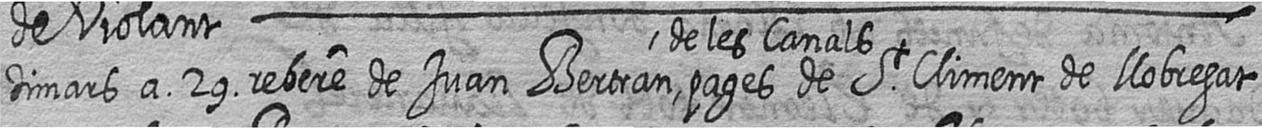
Dimars a 29 rebere de Juan Bertran de les Canals pages de St Climent de llobregat